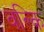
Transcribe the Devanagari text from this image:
वल्‍कि